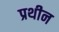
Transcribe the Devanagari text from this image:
प्रथीन